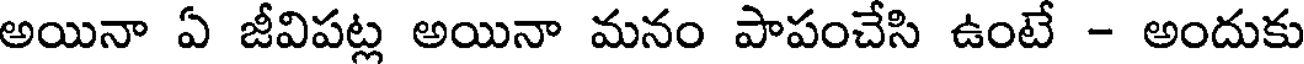
అయినా ఏ జీవిపట్ల అయినా మనం పాపంచేసి ఉంటే - అందుకు